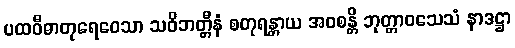
ပထဝီဓာတုရေဝေသာ သဝိဘတ္တီနံ စတုရန္တာယ အဝစန္တိ ဘုတ္တာဝသေသံ နာဒဋ္ဌာ